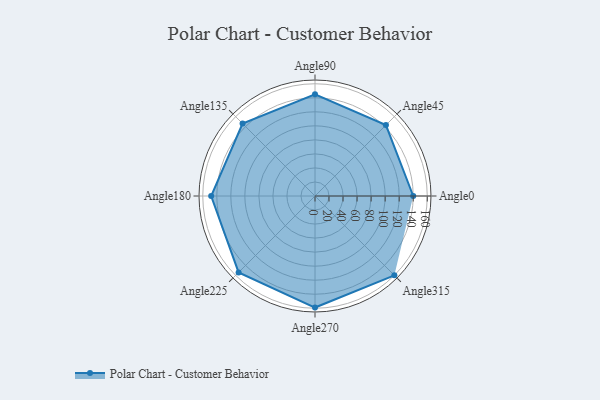
{"axis": {"x": "Angle", "y": "Radius"}, "legend": [""], "data": [{"x": "Angle0", "y": 140.0, "type": ""}, {"x": "Angle45", "y": 143.0, "type": ""}, {"x": "Angle90", "y": 145.0, "type": ""}, {"x": "Angle135", "y": 146.0, "type": ""}, {"x": "Angle180", "y": 148.0, "type": ""}, {"x": "Angle225", "y": 154.0, "type": ""}, {"x": "Angle270", "y": 159.0, "type": ""}, {"x": "Angle315", "y": 160.0, "type": ""}]}